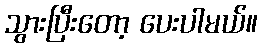
သွားပြီးတော့ ပေးပါမယ်။